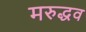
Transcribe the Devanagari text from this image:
मरुद्धव